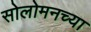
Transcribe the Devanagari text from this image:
सोलोमनच्या